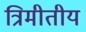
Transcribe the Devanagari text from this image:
त्रिमीतीय